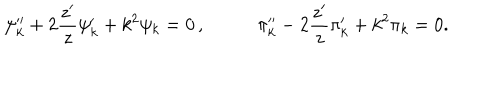
\psi _ { k } ^ { \prime \prime } + 2 \frac { z ^ { \prime } } { z } \psi _ { k } ^ { \prime } + k ^ { 2 } \psi _ { k } = 0 \, , ~ ~ \pi _ { k } ^ { \prime \prime } - 2 \frac { z ^ { \prime } } { z } \pi _ { k } ^ { \prime } + k ^ { 2 } \pi _ { k } = 0 .